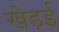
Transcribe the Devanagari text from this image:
खेड़ई